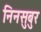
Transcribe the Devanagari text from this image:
निनसुबुर